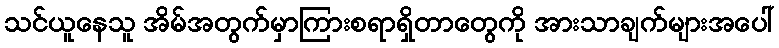
သင်ယူနေသူ အိမ်အတွက်မှာကြားစရာရှိတာတွေကို အားသာချက်များအပေါ်